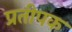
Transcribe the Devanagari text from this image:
प्रतीपक